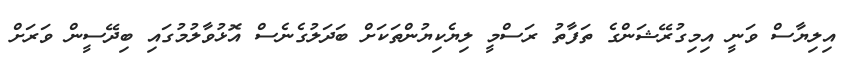
އިލިޔާސް ވަނީ އިމިގުރޭޝަންގެ ތަފާތު ރަސްމީ ލިޔެކިޔުންތަކަށް ބަދަލުގެނެސް އޮޅުވާލުމުގައި ބިދޭސީން ވަރަށް